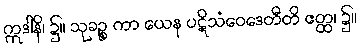
ဣဒါနိ၊ ၌။ သုခဉ္စ ကာ ယေန ပဋိသံဝေဒေတီတိ ဧတ္ထ၊ ၌။